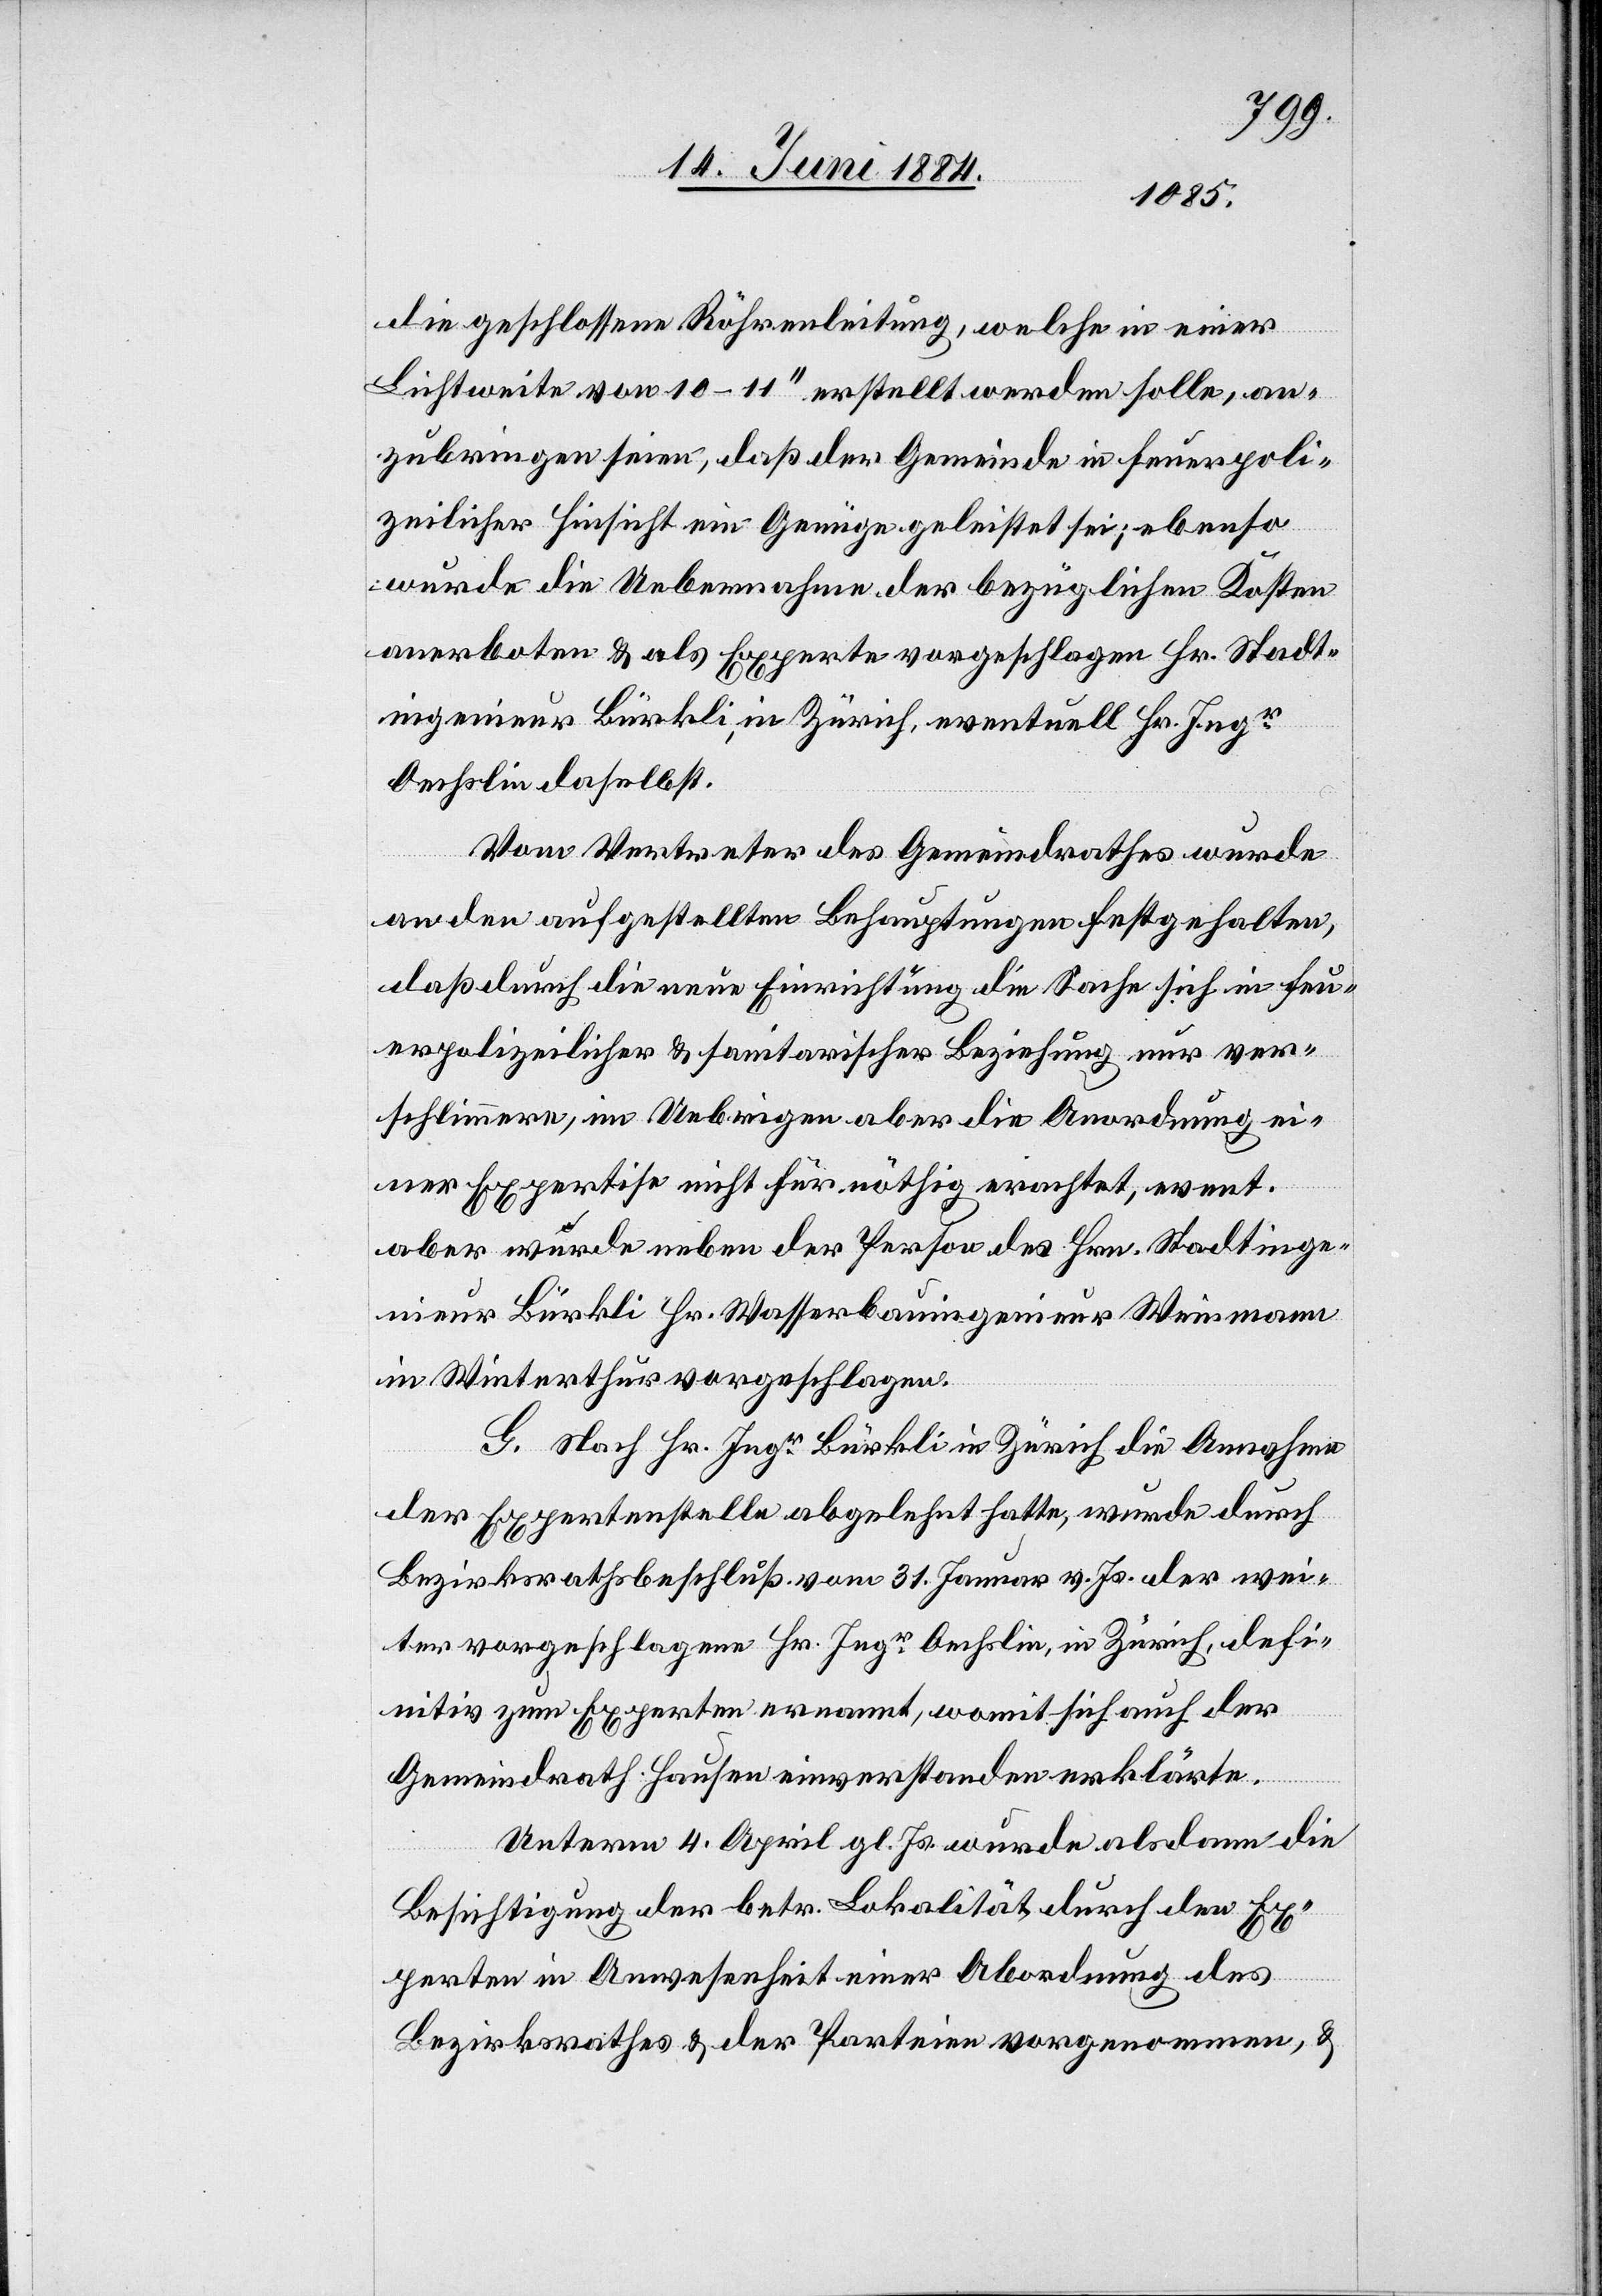
die geschlossene Röhrenleitung, welche in einer
Lichtweite von 10–11“ erstellt werden soll, an¬
zubringen seien, daß der Gemeinde in feuerpoli¬
zeilicher Hinsicht ein Genüge geleistet sei; ebenso
wurde die Uebernahme der bezüglichen Kosten
anerboten & als Experte vorgeschlagen Hr. Stadt¬
ingenieur Bürkli in Zürich, eventuell Hr. Ingr
Oechslin daselbst.
Vom Vertreter des Gemeindrathes wurde
an den aufgestellten Behauptungen festgehalten,
daß durch die neue Einrichtung die Sache sich in feu¬
erpolizeilicher & sanitarischer Beziehung nur ver¬
schlimmere, im Uebrigen aber die Anwendung ei¬
ner Expertise nicht für nöthig erachtet, event.
aber wurde neben der Person des Hrn. Stadtinge¬
nieur Bürkli Hr. Wasserbauingenieur Weinmann
in Winterthur vorgeschlagen.
G. Nach[dem] Hr. Ingr Bürkli in Zürich die Annahme
der Expertenstelle abgelehnt hatte, wurde durch
Bezirksrathsbeschluß vom 31. Januar v. Js. der wei¬
ter vorgeschlagene Hr. Ingr Oechslin, in Zürich, defi¬
nitiv zum Experten ernannt, womit sich auch der
Gemeindrath Hausen einverstanden erklärte.
Unterm 4. April gl. Js. wurde alsdann die
Besichtigung der betr. Lokalität durch den Ex¬
perten in Anwesenheit einer Abordnung des
Bezirksrathes & der Parteien vorgenommen, &